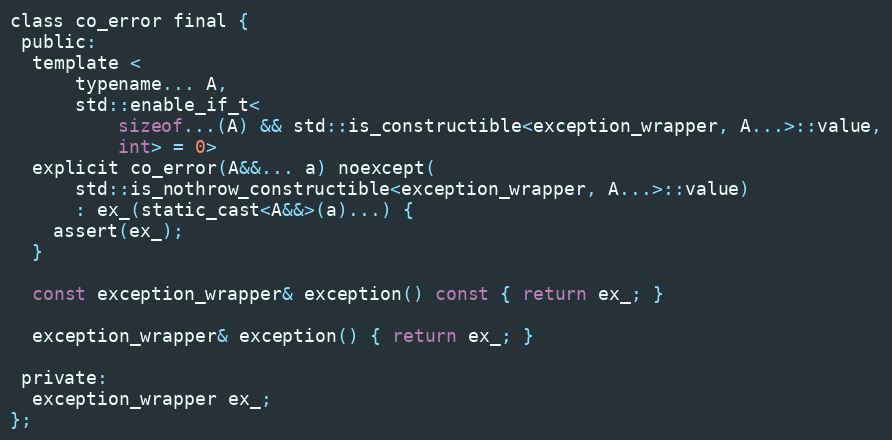
Language: C
class co_error final {
 public:
  template <
      typename... A,
      std::enable_if_t<
          sizeof...(A) && std::is_constructible<exception_wrapper, A...>::value,
          int> = 0>
  explicit co_error(A&&... a) noexcept(
      std::is_nothrow_constructible<exception_wrapper, A...>::value)
      : ex_(static_cast<A&&>(a)...) {
    assert(ex_);
  }

  const exception_wrapper& exception() const { return ex_; }

  exception_wrapper& exception() { return ex_; }

 private:
  exception_wrapper ex_;
};